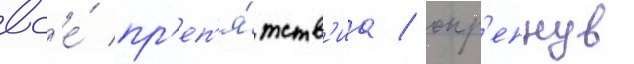
вс'е́ пр'еп'я́тств'иа / окр'епнув